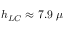
h _ { L C } \approx 7 . 9 \; \mu